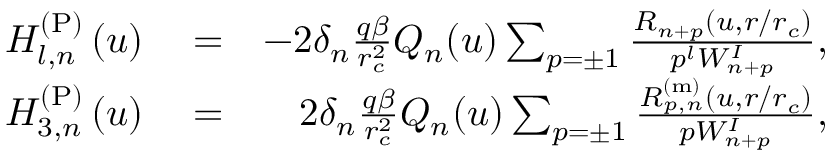
\begin{array} { r l r } { H _ { l , n } ^ { \mathrm { ( P ) } } \left( u \right) } & { { } = } & { - 2 \delta _ { n } \frac { q \beta } { r _ { c } ^ { 2 } } Q _ { n } ( u ) \sum _ { p = \pm 1 } \frac { R _ { n + p } ( u , r / r _ { c } ) } { p ^ { l } W _ { n + p } ^ { I } } , } \\ { H _ { 3 , n } ^ { \mathrm { ( P ) } } \left( u \right) } & { { } = } & { 2 \delta _ { n } \frac { q \beta } { r _ { c } ^ { 2 } } Q _ { n } ( u ) \sum _ { p = \pm 1 } \frac { R _ { p , n } ^ { \mathrm { ( m ) } } ( u , r / r _ { c } ) } { p W _ { n + p } ^ { I } } , } \end{array}